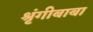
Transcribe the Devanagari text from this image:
श्रृंगीबाबा